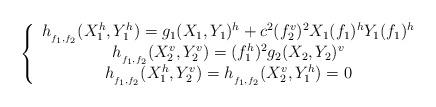
LaTeX: \begin{align*} \left\{ \begin{array}{ccl} h_{_{f_1,f_2}}(X_1^h,Y_1^h)=g_1(X_1,Y_1)^h+c^2(f_2^v)^2X_1(f_1)^hY_1(f_1)^h & \\ h_{_{f_1,f_2}}(X_2^v,Y_2^v)=(f_1^h)^2g_2(X_2,Y_2)^v&\\ h_{_{f_1,f_2}}(X_1^h,Y_2^v)=h_{_{f_1,f_2}}(X_2^v,Y_1^h)=0& \end{array}\right.\end{align*}